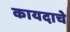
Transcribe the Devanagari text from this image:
कायदाचे